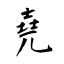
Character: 堯